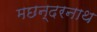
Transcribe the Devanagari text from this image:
मछन्दरनाथ